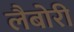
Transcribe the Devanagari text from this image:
लैबोरी